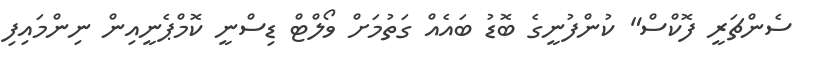
ސެންޗަރީ ފޮކްސް" ކުންފުނީގެ ބޮޑު ބައެއް ގަތުމަށް ވޯލްޓް ޑިސްނީ ކޮމްޕެނީއިން ނިންމައިފި